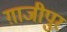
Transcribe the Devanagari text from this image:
ग़ाजीपुर